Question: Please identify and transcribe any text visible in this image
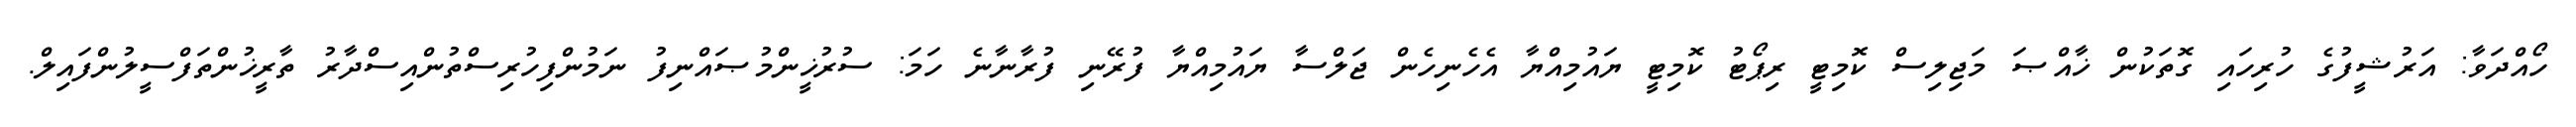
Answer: ހޯއްދަވާ: އަރުޝީފުގެ ހުރިހައި ގޮތަކުން ޚާއްޞަ މަޖިލިސް ކޮމިޓީ ރިޕޯޓު ކޮމިޓީ ޔައުމިއްޔާ އެހެނިހެން ޖަލްސާ ޔައުމިއްޔާ ފުރޭނި ފުރާނާނެ ހަމަ: ސުރުޚީންމުޞައްނިފު ނަމުންފިހުރިސްތުންއިސްދާރު ތާރީޚުންތަފްސީލުންފައިލް.